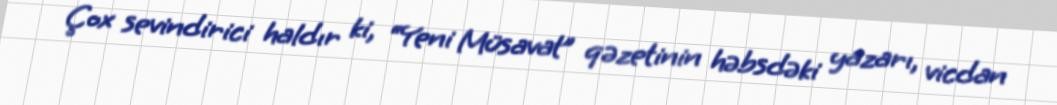
Çox sevindirici haldır ki, “Yeni Müsavat” qəzetinin həbsdəki yazarı, vicdan